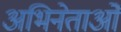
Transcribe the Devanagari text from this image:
अभिनेताओँ